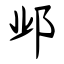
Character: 邺